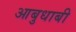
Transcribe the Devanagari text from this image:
आबुधाबी